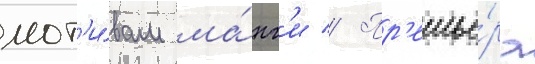
мот'и́вам ма́нг'и // Пр'емье́ра